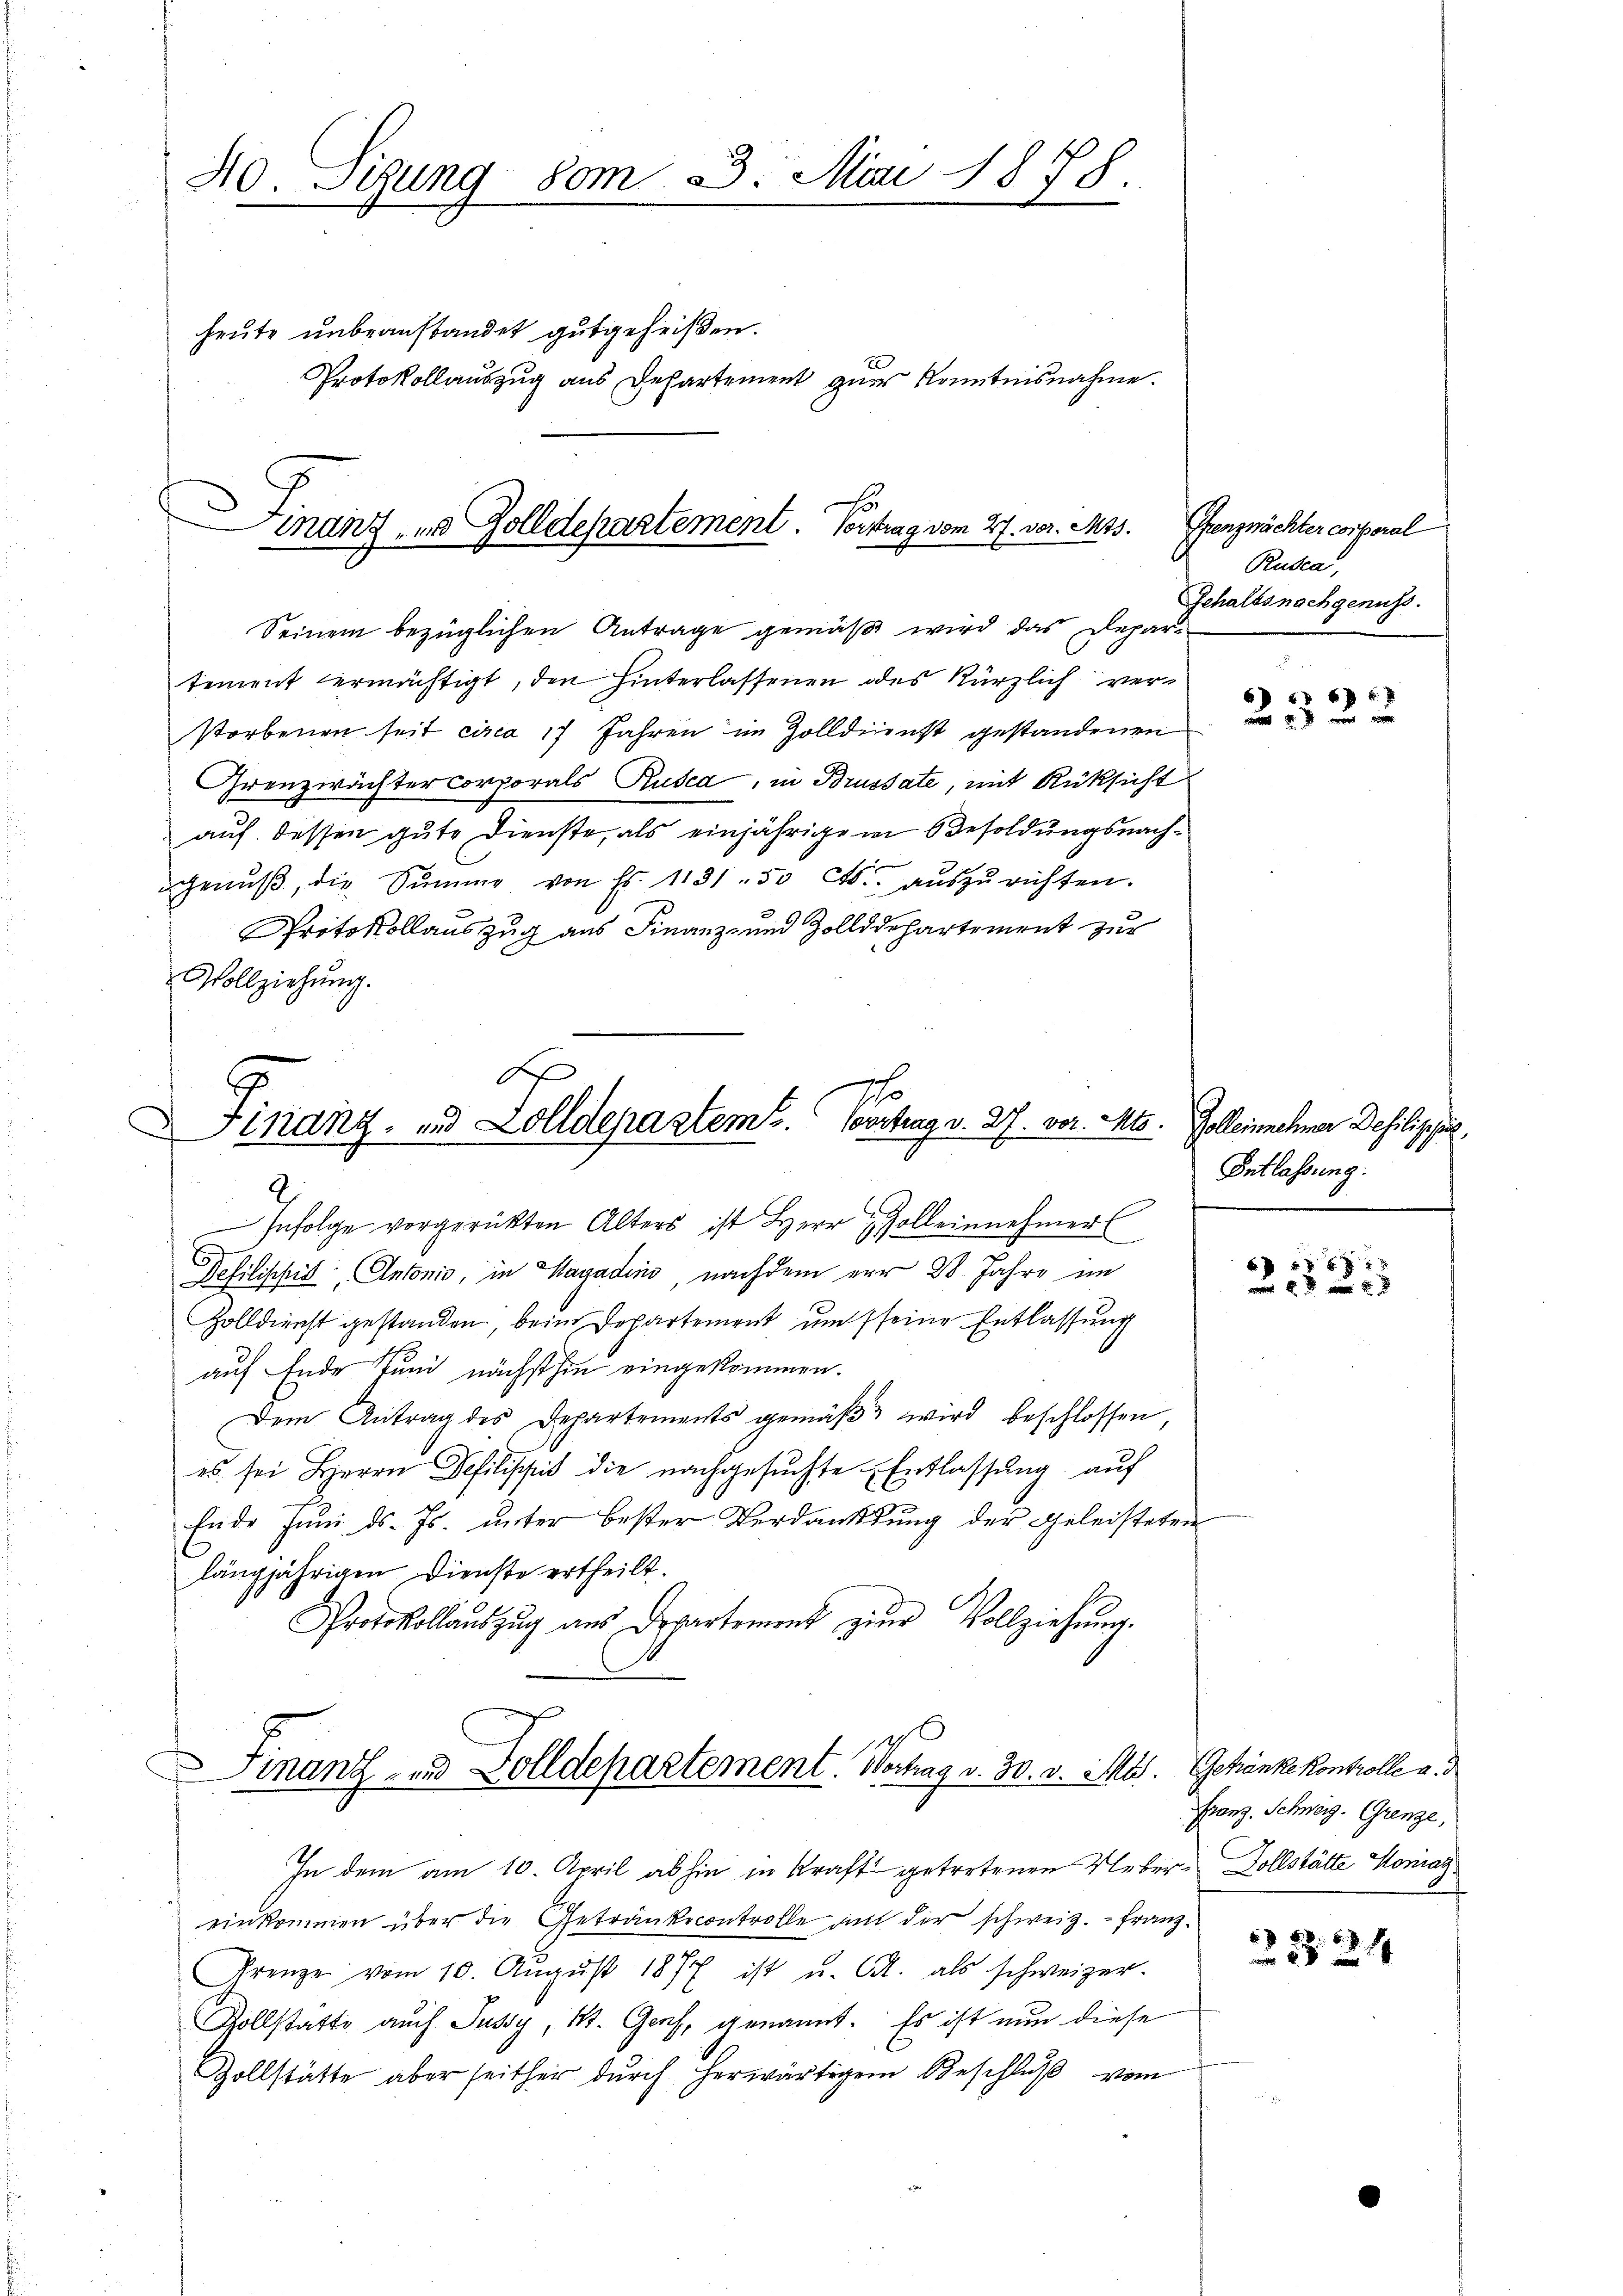
40. Sizung vom 3. Mai 1878.
.
.
heute unbeanstandet gutgeheißen.
Protokollauszug aus Departement zur Kenntnisnahme.

Finanz, in Zolldepartement. Vertrag vom 27. vor. Mts.
Seinem bezüglichen Antrage gemäß wird das Depar¬

tement ermächtigt, den hinterlassenen des kürzlich verstorbenen seit circa 17 Jahren in Zolldienst gestandenen
Grenzwächter corporals Rusca, in Brussate, mit Rüksicht
auf dessen gute Dienste, als einjährige in Besoldungsnachgenŭβ, die Summe von Fr. 1131.50 Cts. aŭszŭrichten.
Protokollauszug aus Finanz- und Zolldepartement zur
Vollziehŭng.
F

Finanz- und Zolldepartem E. Vorstag v. 27. vor. Mts. Zolleinehmer Dohilischul

2
Infolge vorgerükten Alters ist Herr Zolleinnehmerl
Dehilisches Antonio, in Magadins, nachdem er 28. Jahre im
Zolldienst gestanden, beim Departement um seine Entlassung
auf Ende Juni nächsthin eingekommen.
Dem Antrag des Departements gemäβ wird beschlossen,
es sei Herrn Defilippis die nachgesuchte Entlassung auf
Ende Juni d. Js. unter bester Verdankung der Geleisteten
längjährigen Dienste ertheilt.
Protokollauszug aus Departement zŭr Vollziehung.
g

Finanz- und Solldepartement. Vortrag v. 30. v. Mts. Gehänke kontrolle a. d

Pfrenznächter corporal
Rusca,
Gehaltsnachgenuss.

In dem am 10. April abhin in Kraft getretenen Ueber Vollstätte Moniaz
einkommen über die Getränkecontrolle auf der schweiz. - Franz¬
Grenze vom 10. Aŭgŭst 1877 ist u. A. als schweizer.
Zollstätte auch Sussy, St. Genf, genannt. Es ist nun diese
Zollstätte aber seither durch herwärtigem Beschlŭβ vom

6 f 5 x
   war

Entlassung:

61 f 4 xx
 x

Franz. Schweiz. Grenze,

223. 24